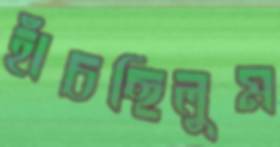
হাঁচছিলুম